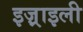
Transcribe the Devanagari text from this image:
इज़्राइली